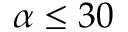
\alpha \leq 3 0